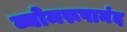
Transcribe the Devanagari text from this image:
व्योमरूपानंद